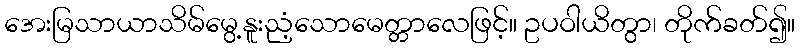
အေးမြသာယာသိမ်မွေ့နူးညံ့သောမေတ္တာလေဖြင့်။ ဥပဝါယိတွာ၊ တိုက်ခတ်၍။